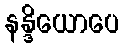
နန္ဒိယောပေ